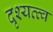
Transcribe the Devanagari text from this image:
दृश्‍यत्त्व